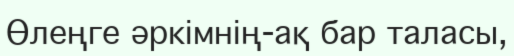
Өлеңге әркімнің-ақ бар таласы,